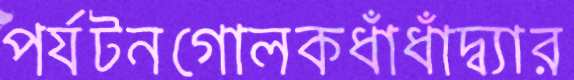
পর্যটনগোলকধাঁধাঁদ্ব্যার